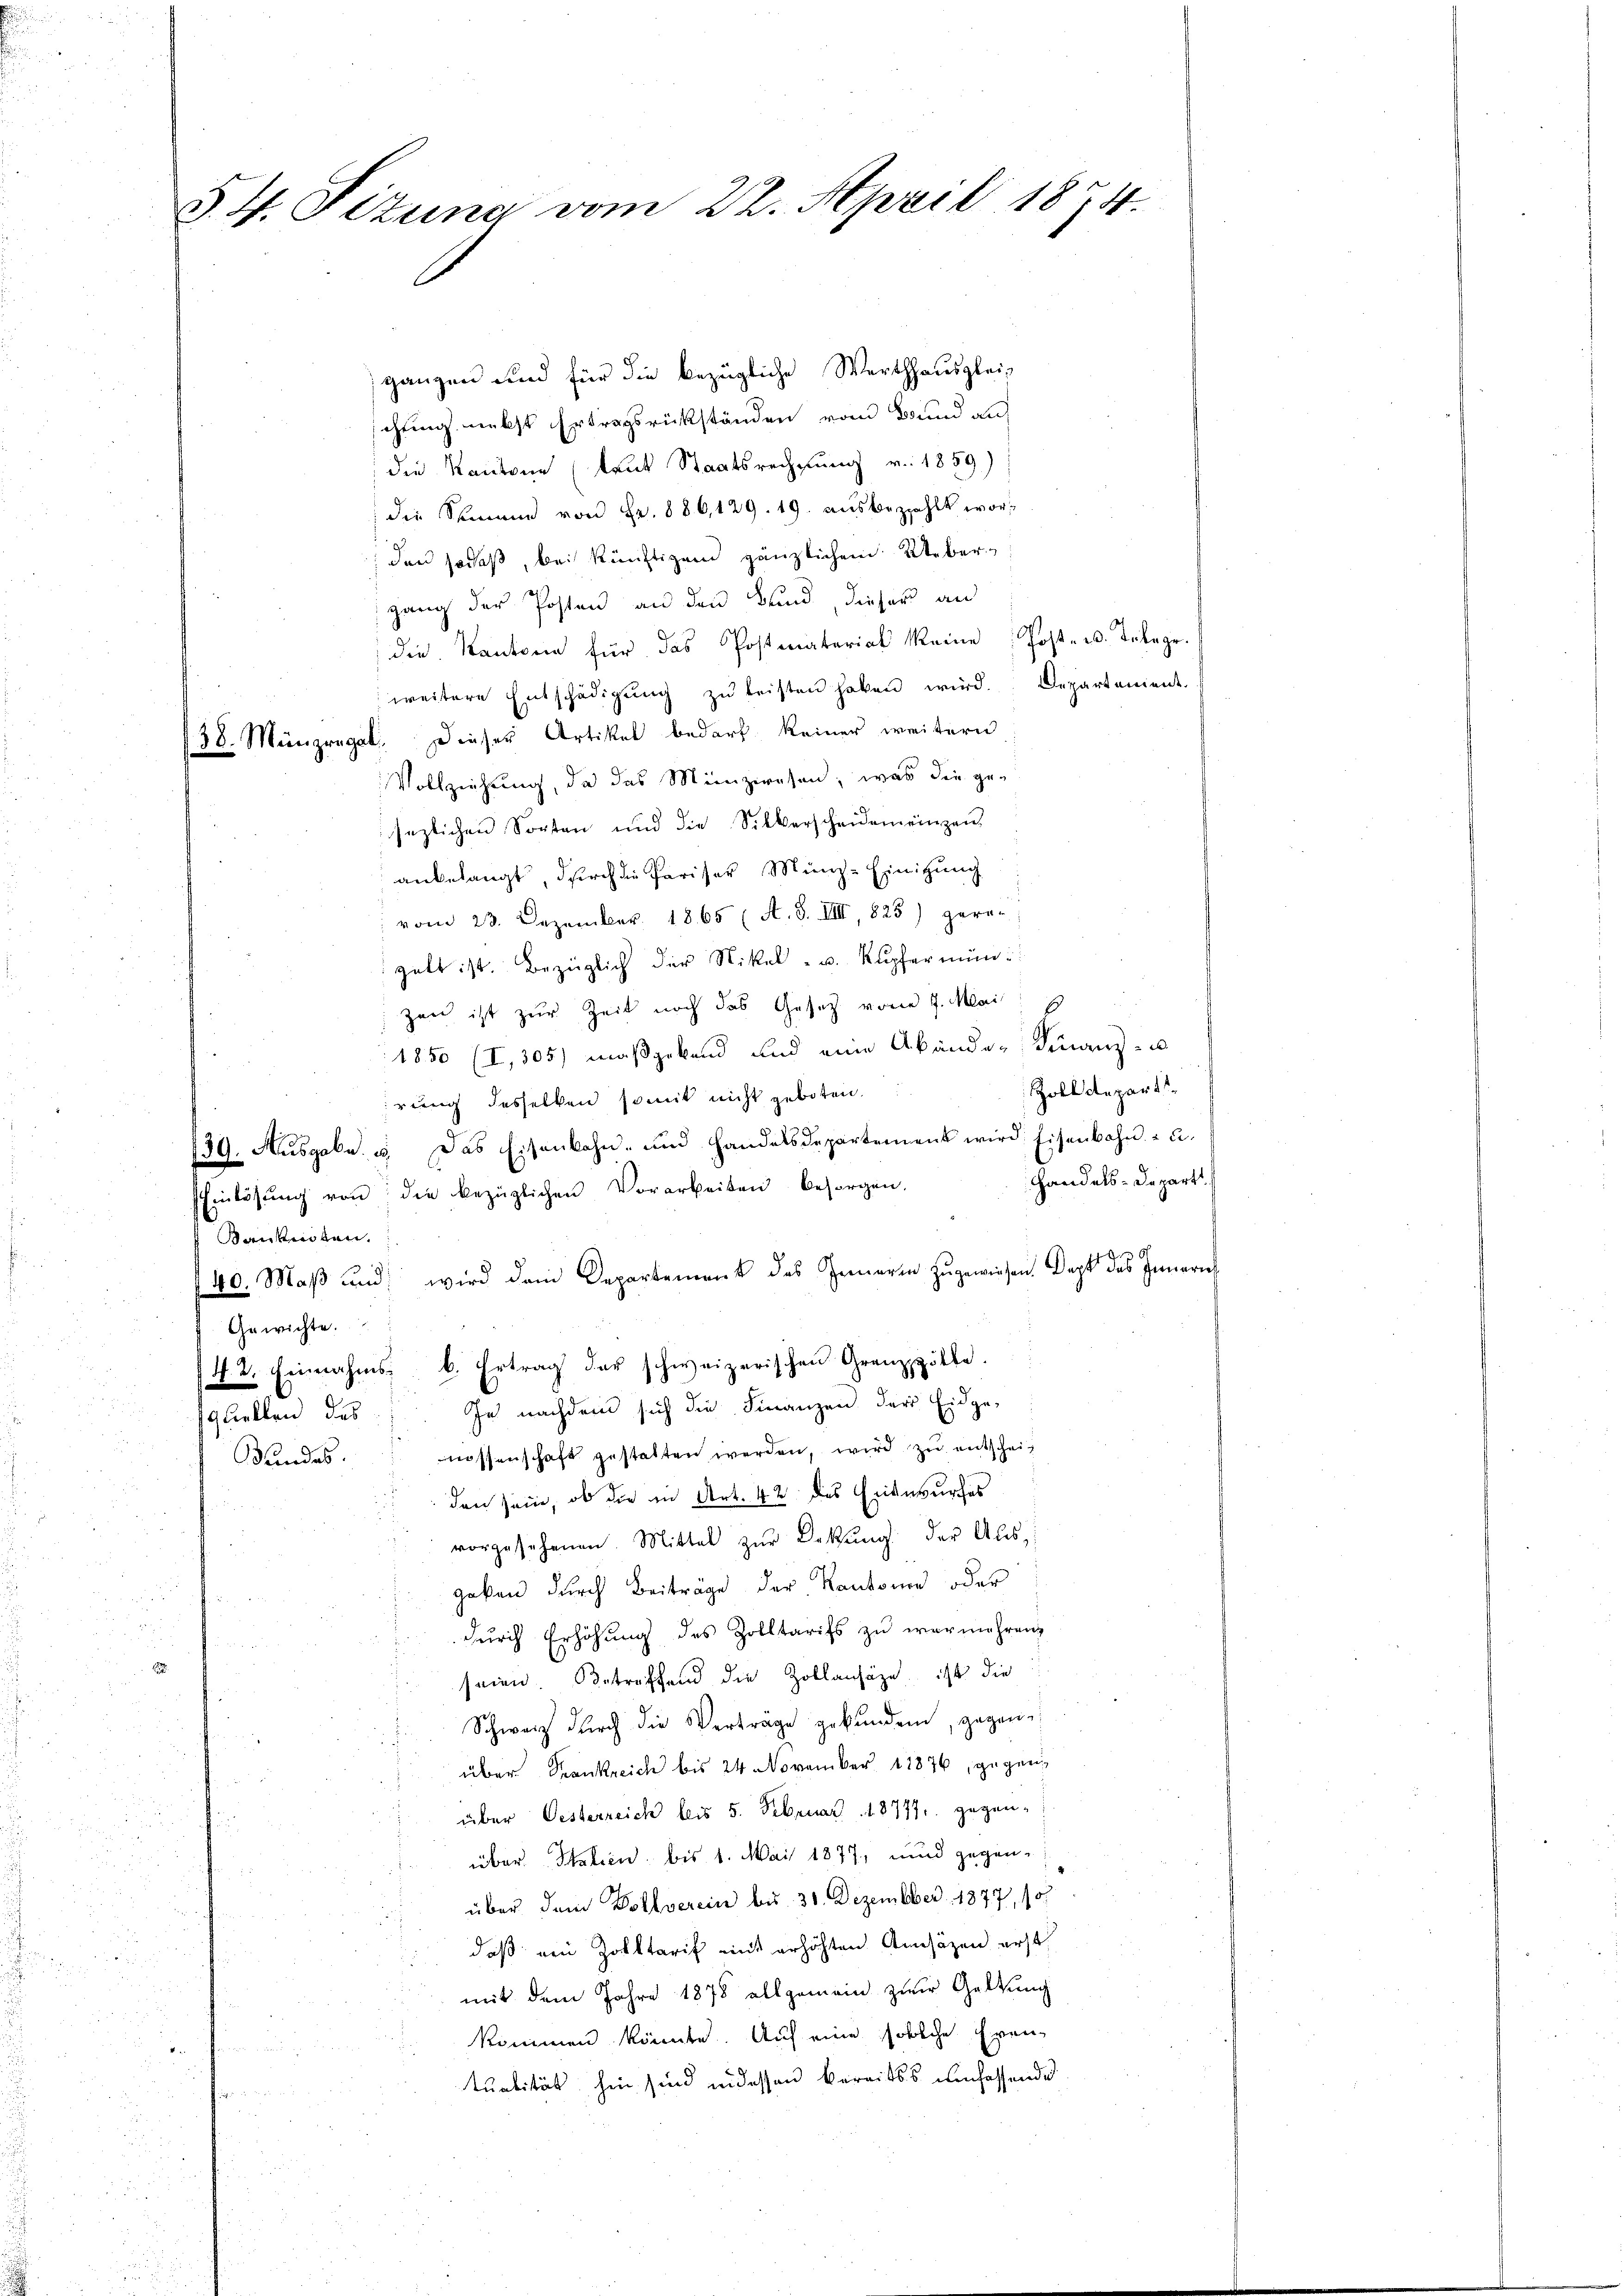
ganzen und für die bezügliche Werthhausglei-
chung nebst Ertragsrückständen vom Bund auf
die Kantone (laut Staatsrechnung v. 1859)
die Summe von Fr. 886, 129. 19. ausbezahlt worden so daß, bei künftigem gänzlichem Uebergang der Posten an den Kind dieser an
die Kantone für das Postmaterial keine Post- u. Telege.
weitere Entschädigŭng zŭ leisten haben wird. Departement.
38. Münzregal. Dieser Artikel bedarf keiner weitern
Vollziehung, da das Münzwesen, was die gesezlichen Sorten und die Silberscheiden einzen
anbelangt, durch die Pariser Münz- Einigung
vom 23. Dezember 1865 (A. S. VIII, 825) gera-
 galt ist. Bezüglich der Nikel- u. Kupfer mün
zen ist zur Zeit noch das Gesetz vom 7. Mai
1850 (I,305) maßgebend und eine Abänder Finanz- u
Zolldepart
irung desselben somit nicht geboten.
79. Aŭsgaka. u. Das Eisenbahn und Handelsdepartement wird. Eisenbahn - u.
Handels-Depart.
Einlösŭng von die bezüglichen Vorarbeiten besorgen.
Banknoten.
de. Maß und wird dem Departement des Innern zugewiesen Dept des Innern
Gewichte.
N. 2. Einnahms- b. Ertrag der schweizerischen Grenzzzölle.
In nachdem sich die Finanzen der Eidge-
quellen, das
Bundes." nossenschaft gestatten werden, wird zŭ entschei¬
 den sein, ob die in Art. 42 des Entwurfes
vorgesehenen Mittel zŭr Dekŭng der Aŭs-
geben durch Beiträge der Kantone oder
durch Erhöhung des Zolltarifs zu vermehren,
1.
seien. Betreffend die Zollansäge, ist die
Schweiz dŭrch die Verträge gekŭnden, gegene
über Krankreich bis 24. November 17876, gegen¬
u
über Oesterzeich bis 5. Februar 18777, gegend

über. Italien, bis 1. Mai 1877, und gegen¬

über dem Dollverein bis 30. Dezember 1877, 18
2
8
daß ein Zolltaris mit erhöhten Ansäzen erst

.
mit dem Jahre 1878 allgemein zur Geltung
gäng
kommen könnte. Auf eine solche Eren¬
u
tualität hin sind indessen bereitss umfassende
.

§. 4. Sizung vom 22. April 1874.